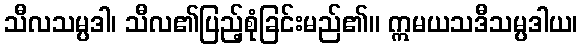
သီလသမ္ပဒါ၊ သီလ၏ပြည့်စုံခြင်းမည်၏။ ဣမယသဒီသမ္ပဒါယ၊